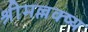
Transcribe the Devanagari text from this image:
श्रीमल्लक्ष्य